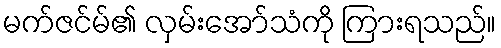
မက်ဇင်မ်၏ လှမ်းအော်သံကို ကြားရသည်။